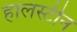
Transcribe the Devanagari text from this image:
हालस्टीन